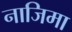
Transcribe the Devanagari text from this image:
नाजिमा